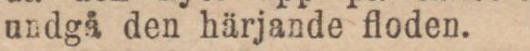
undgå den härjande floden.